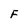
Character: F